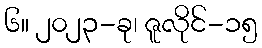
၆။ ၂၀၂၃-ခု၊ ဇူလိုင်-၁၅